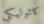
كاثوليكي